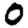
Digit: 0